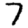
Digit: 7